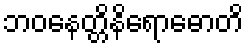
ဘဝနေတ္တိနိရောဓောတိ